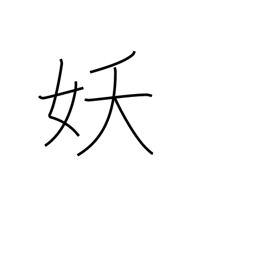
Meaning: bewitching